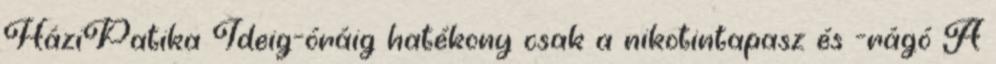
HáziPatika Ideig-óráig hatékony csak a nikotintapasz és -rágó A